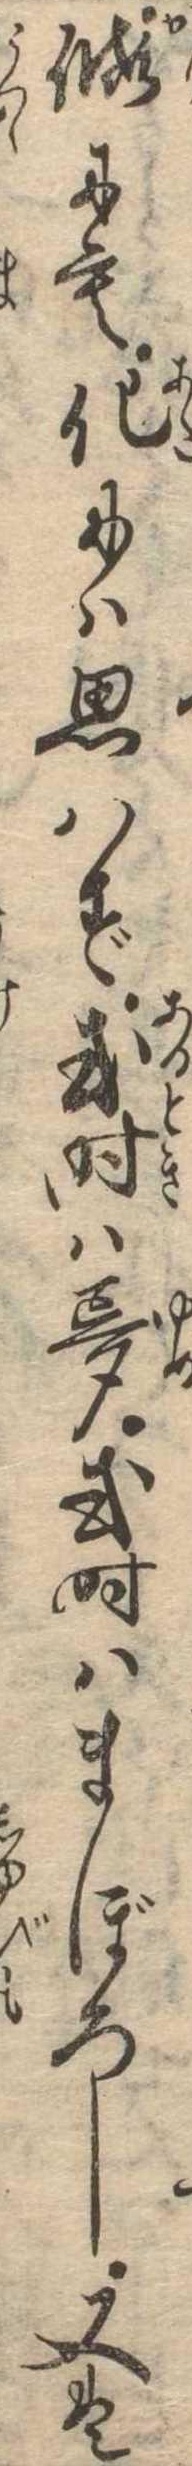
仮にも化には思はず或時は夢或時はまぼろし又は